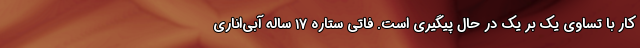
کار با تساوی یک بر یک در حال پیگیری است. فاتی ستاره ۱۷ ساله آبی‌اناری